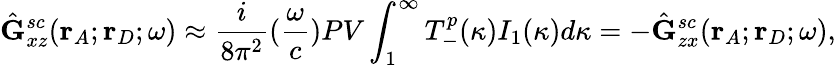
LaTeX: \hat{\mathbf{G}}_{xz}^{sc}(\mathbf{r}_{A};\mathbf{r}_{D};\omega)\approx\frac{i}{8{\pi}^{2}}(\frac{\omega}{c})PV\int_{1}^{\infty}T_{-}^{p}(\kappa)I_{1}(\kappa)d{\kappa}=-\hat{\mathbf{G}}_{zx}^{sc}(\mathbf{r}_{A};\mathbf{r}_{D};\omega),